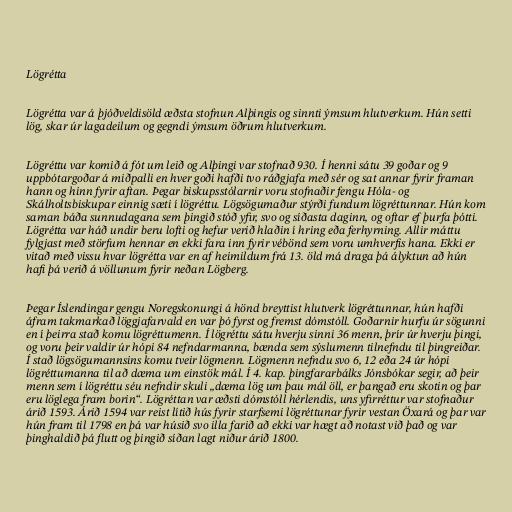
Lögrétta

Lögrétta var á þjóðveldisöld æðsta stofnun Alþingis og sinnti ýmsum hlutverkum. Hún setti
lög, skar úr lagadeilum og gegndi ýmsum öðrum hlutverkum.

Lögréttu var komið á fót um leið og Alþingi var stofnað 930. Í henni sátu 39 goðar og 9
uppbótargoðar á miðpalli en hver goði hafði tvo ráðgjafa með sér og sat annar fyrir framan
hann og hinn fyrir aftan. Þegar biskupsstólarnir voru stofnaðir fengu Hóla- og
Skálholtsbiskupar einnig sæti í lögréttu. Lögsögumaður stýrði fundum lögréttunnar. Hún kom
saman báða sunnudagana sem þingið stóð yfir, svo og síðasta daginn, og oftar ef þurfa þótti.
Lögrétta var háð undir beru lofti og hefur verið hlaðin í hring eða ferhyrning. Allir máttu
fylgjast með störfum hennar en ekki fara inn fyrir vébönd sem voru umhverfis hana. Ekki er
vitað með vissu hvar lögrétta var en af heimildum frá 13. öld má draga þá ályktun að hún
hafi þá verið á völlunum fyrir neðan Lögberg.

Þegar Íslendingar gengu Noregskonungi á hönd breyttist hlutverk lögréttunnar, hún hafði
áfram takmarkað löggjafarvald en var þó fyrst og fremst dómstóll. Goðarnir hurfu úr sögunni
en í þeirra stað komu lögréttumenn. Í lögréttu sátu hverju sinni 36 menn, þrír úr hverju þingi,
og voru þeir valdir úr hópi 84 nefndarmanna, bænda sem sýslumenn tilnefndu til þingreiðar.
Í stað lögsögumannsins komu tveir lögmenn. Lögmenn nefndu svo 6, 12 eða 24 úr hópi
lögréttumanna til að dæma um einstök mál. Í 4. kap. þingfararbálks Jónsbókar segir, að þeir
menn sem í lögréttu séu nefndir skuli „dæma lög um þau mál öll, er þangað eru skotin og þar
eru löglega fram borin“. Lögréttan var æðsti dómstóll hérlendis, uns yfirréttur var stofnaður
árið 1593. Árið 1594 var reist lítið hús fyrir starfsemi lögréttunar fyrir vestan Öxará og þar var
hún fram til 1798 en þá var húsið svo illa farið að ekki var hægt að notast við það og var
þinghaldið þá flutt og þingið síðan lagt niður árið 1800.